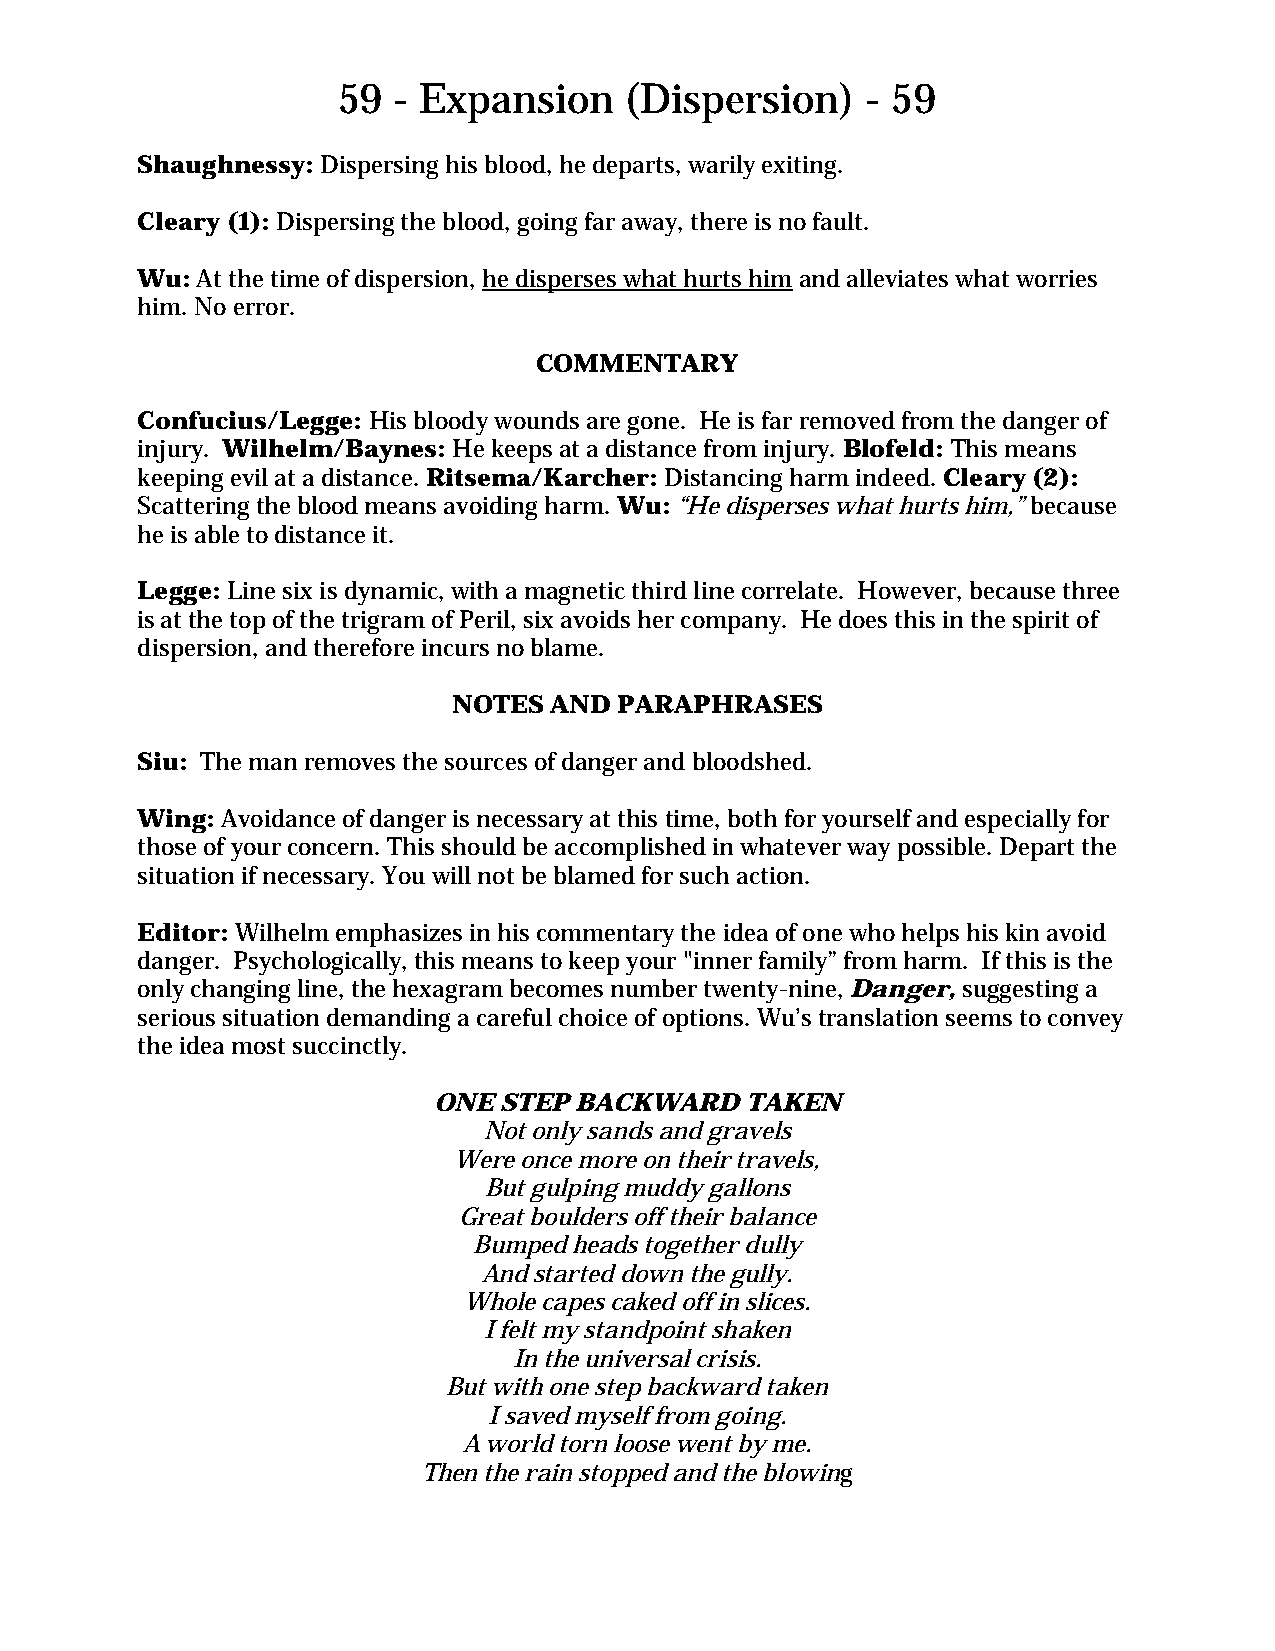
59  - Expansion    (Dispersion)    - 59
 Shaughnessy: Dispersing his blood, he departs, warily exiting.
 Cleary (1): Dispersing the blood, going far away, there is no fault.
 Wu: At the time of dispersion, he disperses what hurts him and alleviates what worries
 him. No error.
 COMMENTARY
 Confucius/Legge: His bloody wounds are gone. He is far removed from the danger of
 injury. Wilhelm/Baynes: He keeps at a distance from injury. Blofeld: This means
 keeping evil at a distance. Ritsema/Karcher: Distancing harm indeed. Cleary (2):
 Scattering the blood means avoiding harm. Wu: “He disperses what hurts him,” because
 he is able to distance it.
 Legge: Line six is dynamic, with a magnetic third line correlate. However, because three
 is at the top of the trigram of Peril, six avoids her company. He does this in the spirit of
 dispersion, and therefore incurs no blame.
 NOTES AND  PARAPHRASES
 Siu: The man removes the sources of danger and bloodshed.
 Wing: Avoidance of danger is necessary at this time, both for yourself and especially for
 those of your concern. This should be accomplished in whatever way possible. Depart the
 situation if necessary. You will not be blamed for such action.
 Editor: Wilhelm emphasizes in his commentary the idea of one who helps his kin avoid
 danger. Psychologically, this means to keep your "inner family” from harm. If this is the
 only changing line, the hexagram becomes number twenty-nine, Danger, suggesting a
 serious situation demanding a careful choice of options. Wu’s translation seems to convey
 the idea most succinctly.
 ONE STEP BACKWARD   TAKEN
 Not only sands and gravels
 Were once more on their travels,
 But gulping muddy gallons
 Great boulders off their balance
 Bumped heads together dully
 And started down the gully.
 Whole capes caked off in slices.
 I felt my standpoint shaken
 In the universal crisis.
 But with one step backward taken
 I saved myself from going.
 A world torn loose went by me.
 Then the rain stopped and the blowing